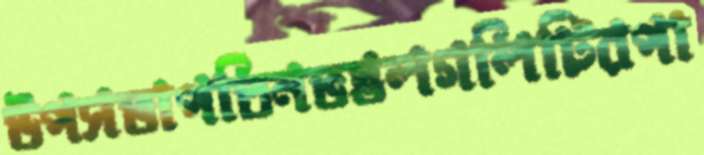
উপসভাপতিনভস্তলগলিটিরপা